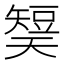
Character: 𰦡